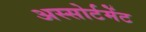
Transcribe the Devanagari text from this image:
अस्सोर्टमेंट